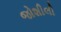
જોશીલી